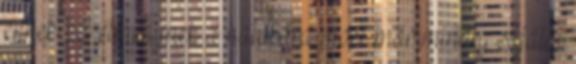
ennek az élménynek a hatására most már mindig sajátot